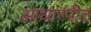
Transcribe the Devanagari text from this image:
आधारपीठ